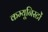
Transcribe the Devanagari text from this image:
कम्यूनिस्टों